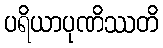
ပရိယာပုဏိဿတိ